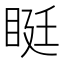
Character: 𥆑